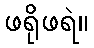
ဖရိုဖရဲ။